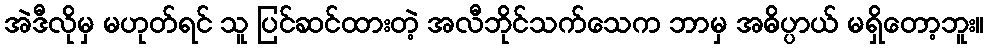
အဲဒီလိုမှ မဟုတ်ရင် သူ ပြင်ဆင်ထားတဲ့ အလီဘိုင်သက်သေက ဘာမှ အဓိပ္ပာယ် မရှိတော့ဘူး။